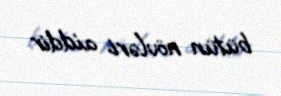
bütün növləri aiddir.